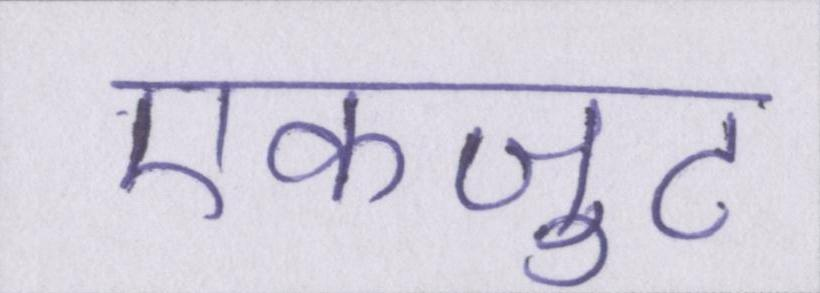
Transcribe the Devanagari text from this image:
एकजुट